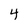
Character: 4